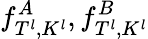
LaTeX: f_{T^{l},K^{l}}^{A},f_{T^{l},K^{l}}^{B}